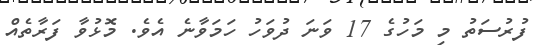
ފުރުސަތު މި މަހުގެ 17 ވަނަ ދުވަހު ހަމަވާނެ އެވެ. މޮޅުވާ ފަރާތެއް